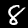
Label: 8